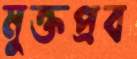
মুক্তপ্রব